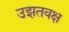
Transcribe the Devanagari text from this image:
उझतवक्ष